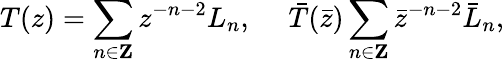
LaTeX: T(z)=\sum_{n\in{\mathbf Z}}z^{-n-2}L_{n},\ \ \ \ \ \bar{T}(\bar{z})\sum_{n\in{\mathbf Z}}\bar{z}^{-n-2}\bar{L}_{n},